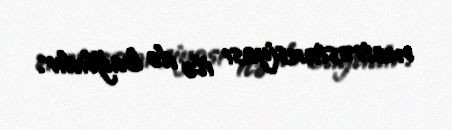
metrostansiyası ilə də bağlıdır.